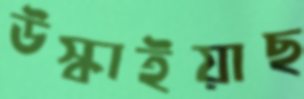
উস্‌কাইয়াছ